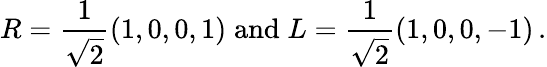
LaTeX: R={\frac{1}{\sqrt 2}}(1,0,0,1)\; \mathrm{and}\; L={\frac{1}{\sqrt 2}}(1,0,0,-1)\, .